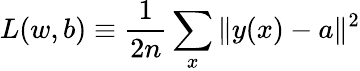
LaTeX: L(w,b)\equiv\frac{1}{2n}\sum_{x}\| y(x)-a\| ^{2}